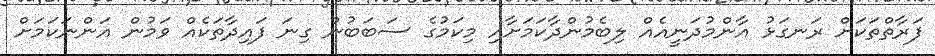
ފަރާތްތަކަށް ރަނގަޅު އާންމުދަނީއެއް ލިބެމުންދާކަމަށާއި މިކަމުގެ ސަބަބުން ގިނަ ފައިދާތަކެއް ވަމުން އަންނަކަމަށް